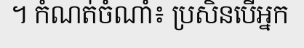
។ កំណត់ចំណាំ៖ ប្រសិនបើអ្នក